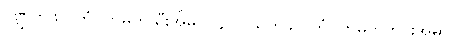
ဂဏ္ဌိကဖလကံ=ကမ္ပတ်သီးအိမ်၊ ၂၄။ ပါသကဖလကံ=ကမ္ပတ်ကွင်းအိမ်။